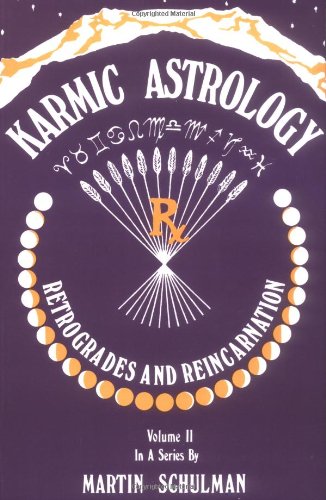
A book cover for Karmic Astrology, Vol. II: Retrogrades and Reincarnation; Martin Schulman; Religion & Spirituality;